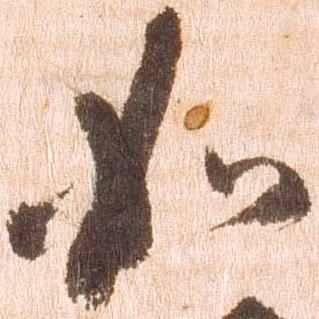
如